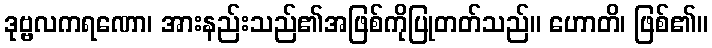
ဒုဗ္ဗလကရဏော၊ အားနည်းသည်၏အဖြစ်ကိုပြုတတ်သည်။ ဟောတိ၊ ဖြစ်၏။